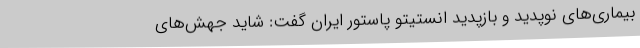
بیماری‌های نوپدید و بازپدید انستیتو پاستور ایران گفت: شاید جهش‌های